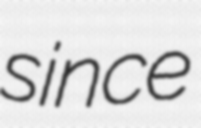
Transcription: since